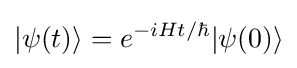
|\psi (t)\rangle =e^{-iHt/\hbar }|\psi (0)\rangle